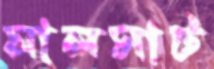
মালসাট